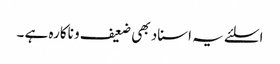
اسلئے یہ اسناد بھی ضعیف و ناکارہ ہے ۔